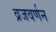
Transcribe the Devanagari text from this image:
व्रजवर्णन